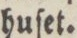
huſet.